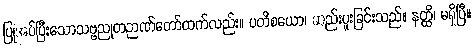
ပြုအပ်ပြီးသောသဗ္ဗညုတဉာဏ်တော်ထက်လည်း။ ပတိစယော၊ ဆည်းပူးခြင်းသည်။ နတ္ထိ၊ မရှိပြီ။